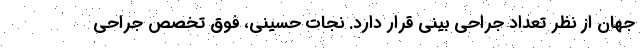
جهان از نظر تعداد جراحی بینی قرار دارد. نجات حسینی، فوق تخصص جراحی